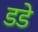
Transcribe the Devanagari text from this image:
डडे